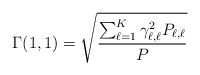
\begin{align*}\Gamma(1,1)=\sqrt{\frac{\sum_{\ell=1}^K\gamma_{\ell,\ell}^2P_{\ell,\ell}}{P}}\end{align*}